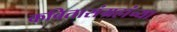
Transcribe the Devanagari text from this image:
कवितासंग्रहांच्या